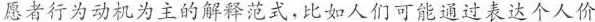
愿者行为动机为主的解释范式，比如人们可能通过表达个人价